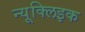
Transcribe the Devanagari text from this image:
न्यूक्‍लिइक